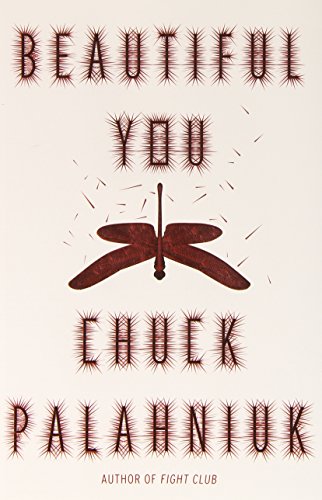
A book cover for Beautiful You: A Novel; Chuck Palahniuk; Science Fiction & Fantasy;